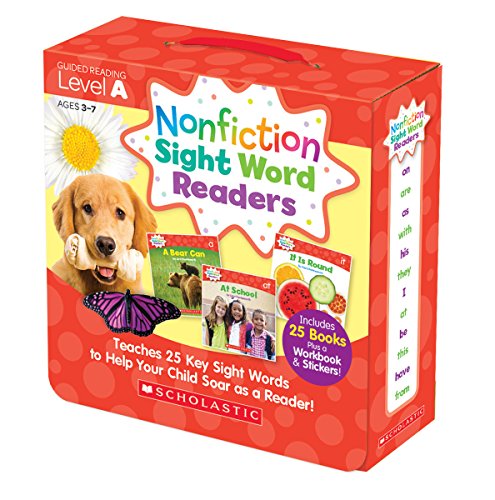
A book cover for Nonfiction Sight Word Readers Parent Pack Level A: Teaches 25 key Sight Words to Help Your Child Soar as a Reader!; Liza Charlesworth; Test Preparation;